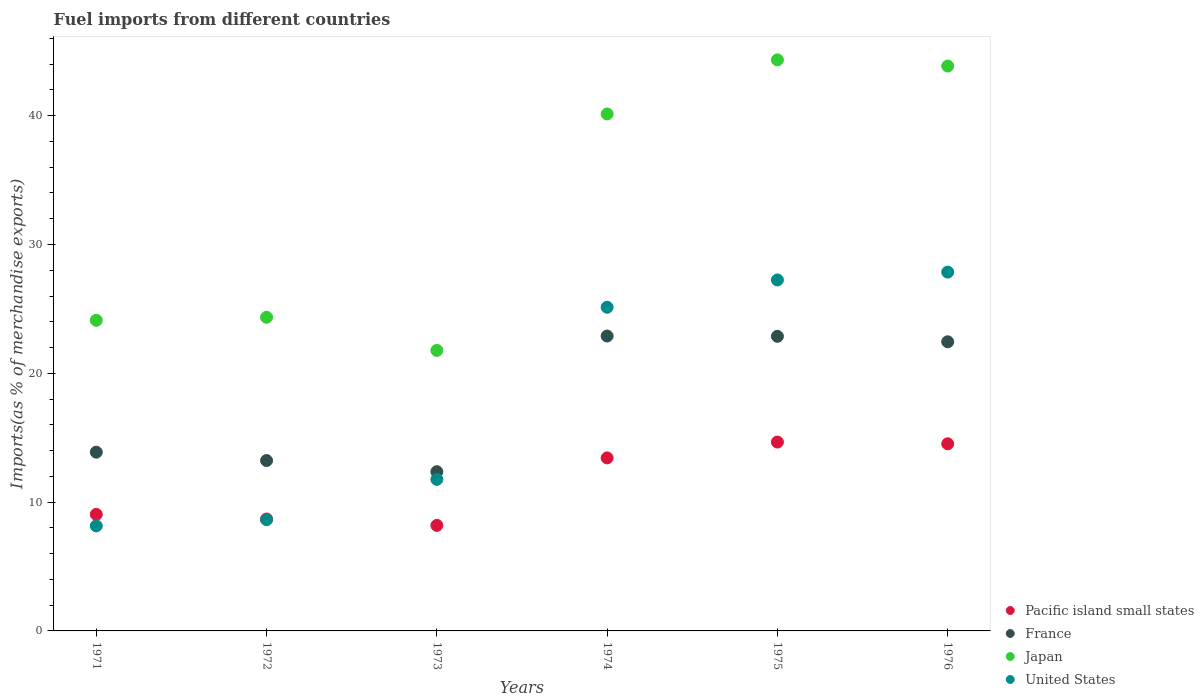
| Years | Pacific island small states | France | Japan | United States |
 | --- | --- | --- | --- | --- |
 | 1971 | 9.05 | 13.9 | 24.1 | 8.15 |
 | 1972 | 8.69 | 13.2 | 24.4 | 8.64 |
 | 1973 | 8.19 | 12.4 | 21.8 | 11.8 |
 | 1974 | 13.4 | 22.9 | 40.1 | 25.1 |
 | 1975 | 14.7 | 22.9 | 44.3 | 27.2 |
 | 1976 | 14.5 | 22.4 | 43.9 | 27.9 |